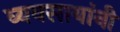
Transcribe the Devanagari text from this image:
व्यवसायांनी